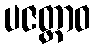
ပဇတ္ထာဝ